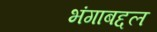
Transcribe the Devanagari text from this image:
भंगाबद्दल